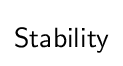
{\mathsf {Stability}}